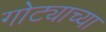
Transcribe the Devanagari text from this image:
गोट्याच्या